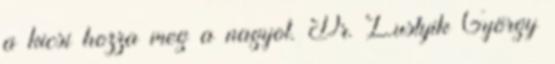
a kicsi hozza meg a nagyot. Dr. Lustyik György